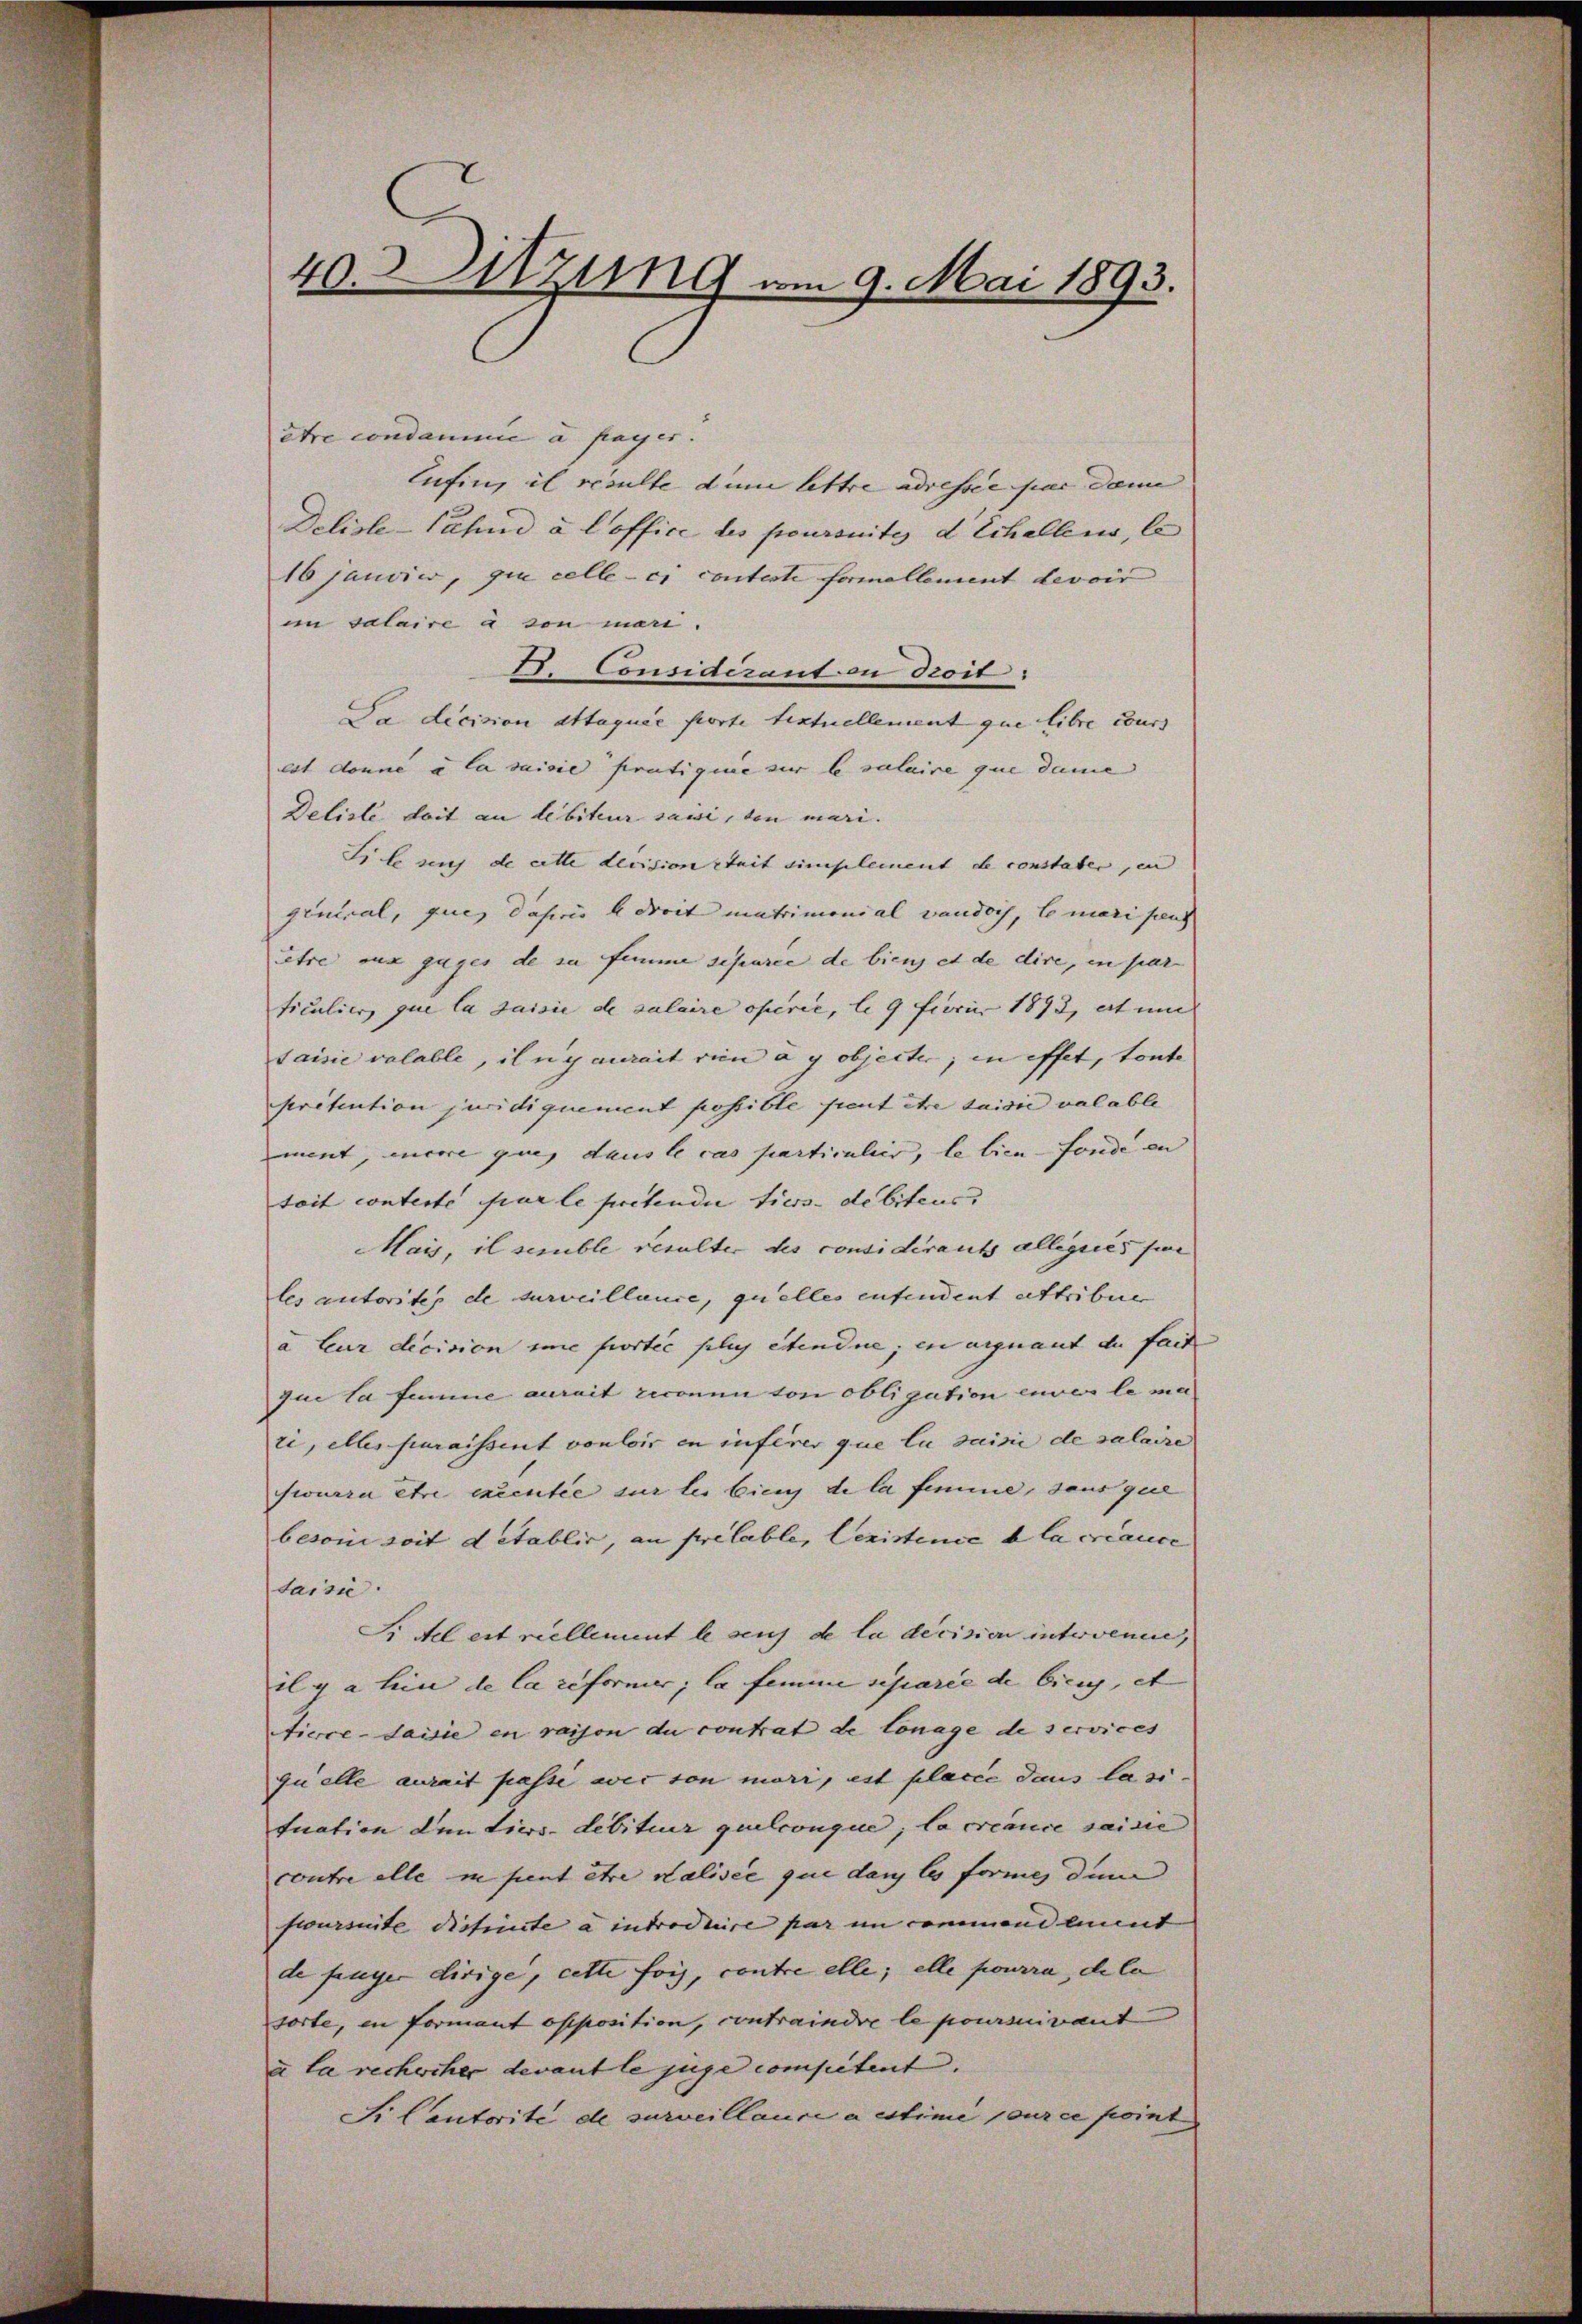
40. Sitzung am 9. Mai 1893.

être condamme a payer.
Lufing il resulte dum lettre adressée par dann
Deliste-Jahre à l’office des poursuites d Echallens, le
16 Janvii, que celle-ci conteste formellement devoir
im salaire à son man.
D. Considérant in dicit
Da decision attaquée porte textuellement que libre cours
est donne à la saisie pratique sur le salaire que dane
Deliste doit an debiteur saisi, den mari.
Si le sich de cette decision zeit simplement de constaber, in
gintral, ques daheris a droit matrimonial vaudoch, le mari such
ttre aus zuges de sa femme sesaree de biens et de dire, in par
ticulier, que la saisie de salaire operie, l. 9 furii 1893, et und
saisie valable, il ny aurait rien à y objecter, in effet, toute
kritiation juridiquement possible peut être saisie valable
ment, mere queg dans le cas particulier, le bien Fonde an
toit conteste par le pretendii tiers- debiteus. |
Mais, il scruble resulter des considérants alligues sie
les autorites de surveillance, quelles entendent attribener
à leur decision ime fortie plus eitendue, en aiguant de fait
que la femme aurait reconnu von obligation eines le ma
ri, alles paraissent vouloir in inferer que la saisie de salaire
siourra être excentie sur les biens de la femme, sans quel
besonne soit detablic, an prelable, lexistence a la créance
taisi
Si del est viellement le seuch de la decision intervenue,
il y a lin de la reformer; la femme separie de biens, et
Nierce-Jaisie en raison du contrat de Conage de services
quelle aurait passe wir son mari, est placie dans la si
tuation den Tiers- debiteur quelconque; la créance saisie
contre alle in peut être Kalisée que dans les formes dem
foursuite diefinite à introduire par im commene imment |
de fügen dirige, cette fois, contre elle; elle pourra, de la
sorte, in Formant opposition, contraindre le poursuivant
u la rechercher devant le juge competent.
Sr Centorité de surveillaure a estimi pource point